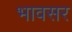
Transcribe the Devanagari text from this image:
भावसर